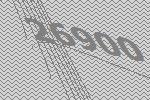
26900